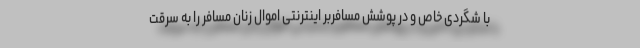
با شگردی خاص و در پوشش مسافربر اینترنتی اموال زنان مسافر را به سرقت